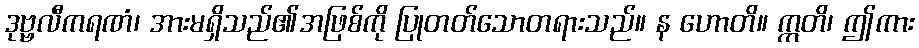
ဒုဗ္ဗလီကရဏံ၊ အားမရှိသည်၏အဖြစ်ကို ပြုတတ်သောတရားသည်။ န ဟောတိ။ ဣတိ၊ ဤကား